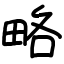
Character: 略